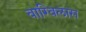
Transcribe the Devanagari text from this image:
वाग्विलास